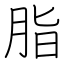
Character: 脂